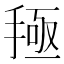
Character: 𰔅